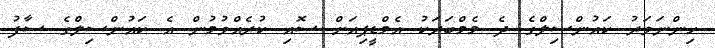
ހިންނަވަރު ކައުންސިލްގެ ދެ މެމްބަރަކު އެމްޑީޕިއަށް ސޮއި ކުރެއްވުމުން އެ ކައުންސިލްގެ ސާފު